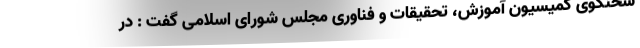
سخنگوی کمیسیون آموزش، تحقیقات و فناوری مجلس شورای اسلامی گفت : در